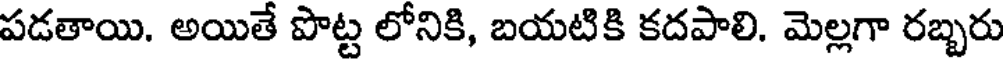
పడతాయి. అయితే పొట్ట లోనికి, బయటికి కదపాలి. మెల్లగా రబ్బరు